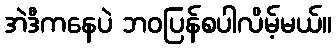
အဲဒီကနေပဲ ဘဝပြန်စပါလိမ့်မယ်။